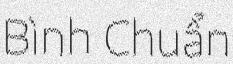
Bình Chuẩn